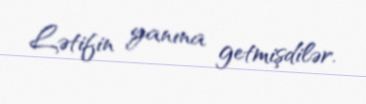
Lətifin yanına getmişdilər.